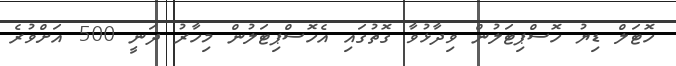
ހޮޓަލް ޑިޔު ހޮސްޕިޓަލުން ވިދާޅުވާ ގޮތުގައި އެހޮސްޕިޓަލުން މިހާރު ދަނީ 500 އަށްވުރެ